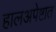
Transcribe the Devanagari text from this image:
हालअपेष्टात